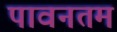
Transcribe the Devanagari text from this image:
पावनतम